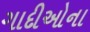
ગાદીઓના